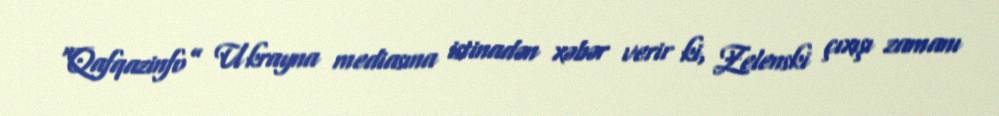
“Qafqazinfo” Ukrayna mediasına istinadən xəbər verir ki, Zelenski çıxışı zamanı